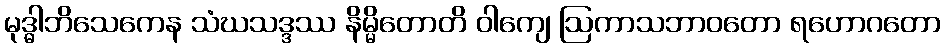
မုဒ္ဓါဘိသေကေန သံဃသဒ္ဒဿ နိမ္မိတောတိ ဝါကျေ ဩကာသဘာဝတော ရဟောဂတော